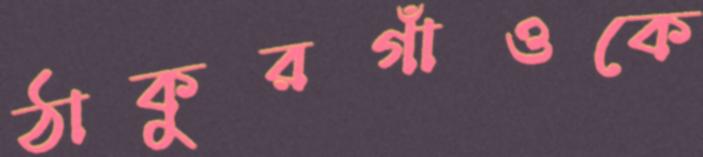
ঠাকুরগাঁওকে